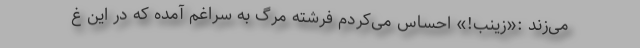
می‌زند :«زینب!» احساس می‌کردم فرشته مرگ به سراغم آمده که در این غ